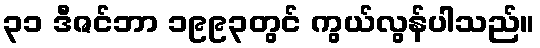
၃၁ ဒီဇင်ဘာ ၁၉၉၃တွင် ကွယ်လွန်ပါသည်။